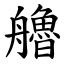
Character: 艪